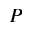
P